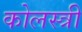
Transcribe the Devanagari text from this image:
कोलस्त्री